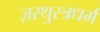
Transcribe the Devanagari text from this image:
ज़रथुस्त्रधर्म